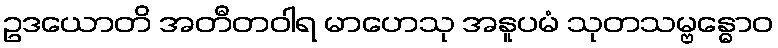
ဥဒယောတိ အတီတဝါရ မာဟေသု အနူပမံ သုတသမ္ဗန္ဓောဝ